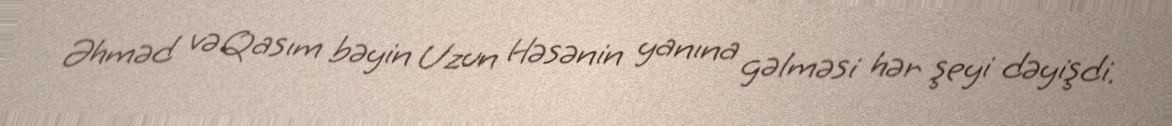
Əhməd və Qasım bəyin Uzun Həsənin yanına gəlməsi hər şeyi dəyişdi.